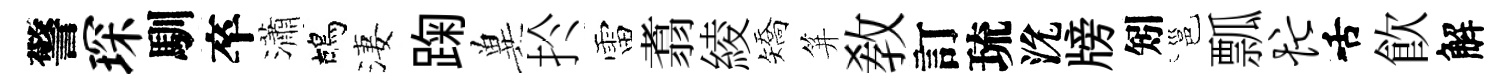
警琛馴卒瀟鴣淒踘兾扵雷翥綾矯笄敎訂琉沇牓矧邕瓢忙舌飮解